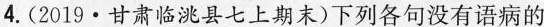
4.(2019·甘肃临洮县七上期末)下列各句没有语病的